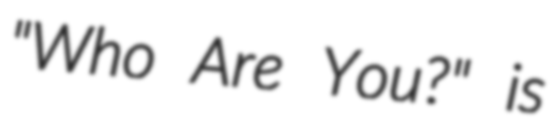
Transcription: "Who Are You?" is